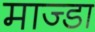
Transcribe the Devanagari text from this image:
माज्डा